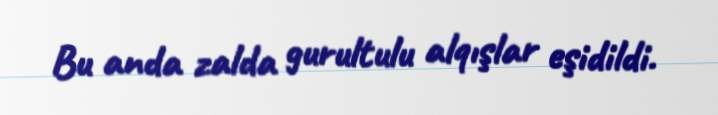
Bu anda zalda gurultulu alqışlar eşidildi.